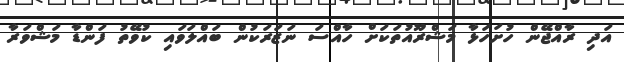
އަދި ރާއްޖޭން ހުށަހަޅާ މަޝްރޫއުތަކަށް ހާއްސަ ނަޒަރަކުން ބައްލަވައި ކުވޭތު ފަންޑާ މަޝްވަރާ